Civil Veterinary Dept. Bombay admin report 1914-1922 - 1914-1922
Year: 1914
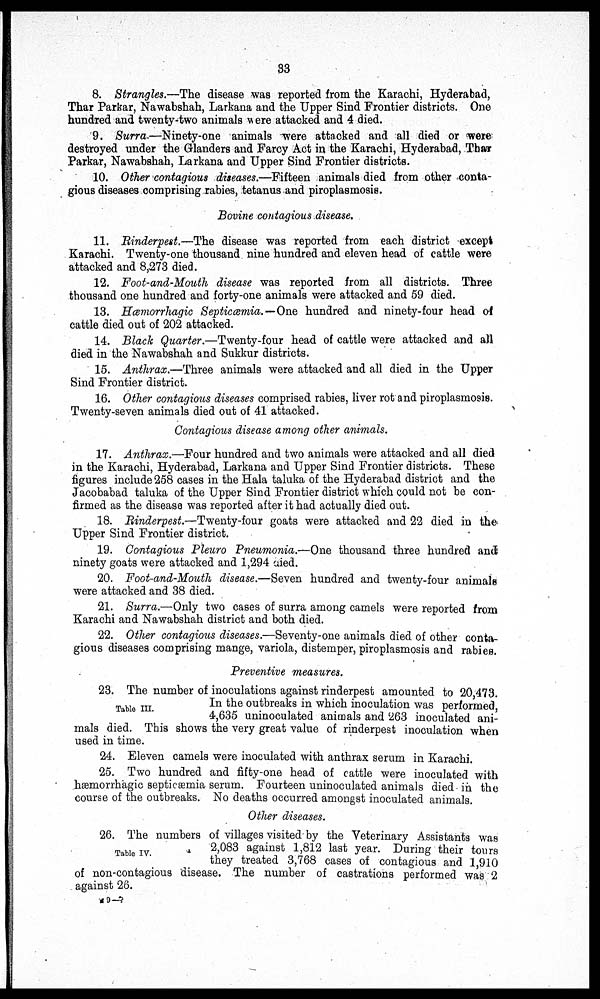
33
8. Strangles.—The disease was reported from the Karachi, Hyderabad,
Thar Parkar, Nawabshah, Larkana and the Upper Sind Frontier districts. One
hundred and twenty-two animals were attacked and 4 died.
9. Surra.—Ninety-one animals were attacked and all died or were
destroyed under the Glanders and Farcy Act in the Karachi, Hyderabad, Thar
Parkar, Nawabshah, Larkana and Upper Sind Frontier districts.
10. Other contagious diseases.—Fifteen animals died from other conta-
gious diseases comprising rabies, tetanus and piroplasmosis.
Bovine contagious disease.
11. Rinderpest.—The disease was reported from each district except
Karachi. Twenty-one thousand nine hundred and eleven head of cattle were
attacked and 8,273 died.
12. Foot-and-Mouth disease was reported from all districts. Three
thousand one hundred and forty-one animals were attacked and 59 died.
13. Hæmorrhagic Septicæmia.—One hundred and ninety-four head of
cattle died out of 202 attacked.
14. Black Quarter.—Twenty-four head of cattle were attacked and all
died in the Nawabshah and Sukkur districts.
15. Anthrax.—Three animals were attacked and all died in the Upper
Sind Frontier district.
16. Other contagious diseases comprised rabies, liver rot and piroplasmosis.
Twenty-seven animals died out of 41 attacked.
Contagious disease among other animals.
17. Anthrax.—Four hundred and two animals were attacked and all died
in the Karachi, Hyderabad, Larkana and Upper Sind Frontier districts. These
figures include 258 cases in the Hala taluka of the Hyderabad district and the
Jacobabad taluka of the Upper Sind Frontier district which could not be con-
firmed as the disease was reported after it had actually died out.
18. Rinderpest.—Twenty-four goats were attacked and 22 died in the
Upper Sind Frontier district.
19. Contagious Pleuro Pneumonia.—One thousand three hundred and
ninety goats were attacked and 1,294 died.
20. Foot-and-Mouth disease.—Seven hundred and twenty-four animals
were attacked and 38 died.
21. Surra.—Only two cases of surra among camels were reported from
Karachi and Nawabshah district and both died.
22. Other contagious diseases.—Seventy-one animals died of other conta-
gious diseases comprising mange, variola, distemper, piroplasmosis and rabies.
Preventive measures.
Table III.
23. The number of inoculations against rinderpest amounted to 20,473.
In the outbreaks in which inoculation was performed
4,635 uninoculated animals and 263 inoculated ani-
mals died. This shows the very great value of rinderpest inoculation when
used in time.
24. Eleven camels were inoculated with anthrax serum in Karachi.
25. Two hundred and fifty-one head of cattle were inoculated with
hæmorrhagic septicæmia serum. Fourteen uninoculated animals died in the
course of the outbreaks. No deaths occurred amongst inoculated animals.
Other diseases.
Table IV.
26. The numbers of villages visited by the Veterinary Assistants was
2,083 against 1,812 last year. During their tours
they treated 3,768 cases of contagious and 1,910
of non-contagious disease. The number of castrations performed was 2
against 26.
M 9—7